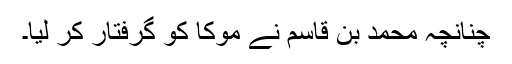
چنانچہ محمد بن قاسم نے موکا کو گرفتار کر لیا۔